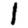
Digit: 1